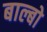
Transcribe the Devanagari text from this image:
बाल्बो